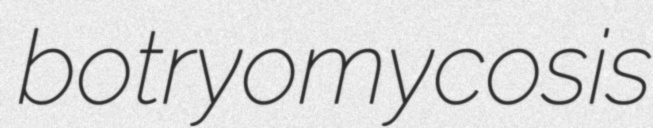
botryomycosis